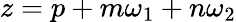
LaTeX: z=p+m\omega_{1}+n\omega_{2}